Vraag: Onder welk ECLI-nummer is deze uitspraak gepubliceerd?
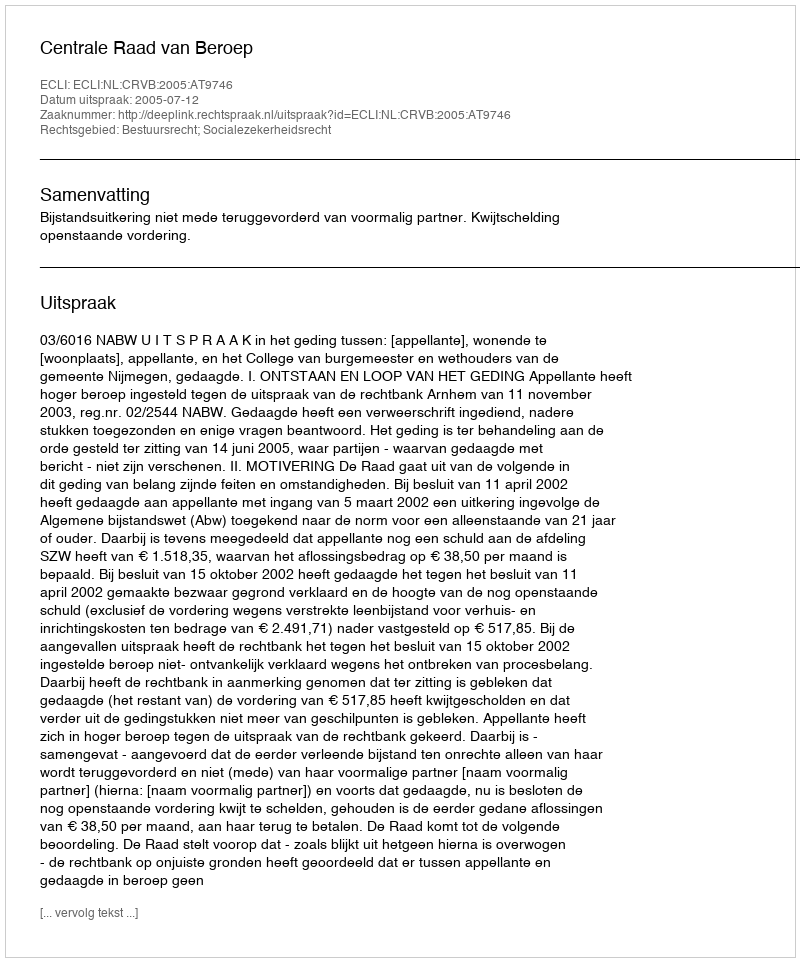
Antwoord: ECLI:NL:CRVB:2005:AT9746